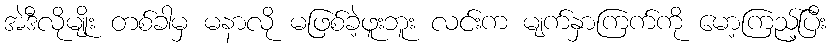
အဲဒီလိုမျိုး တစ်ခါမှ မနာလို မဖြစ်ခဲ့ဖူးဘူး လင်းက မျက်နှာကြက်ကို မော့ကြည့်ပြီး